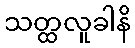
သတ္ထလူခါနိ